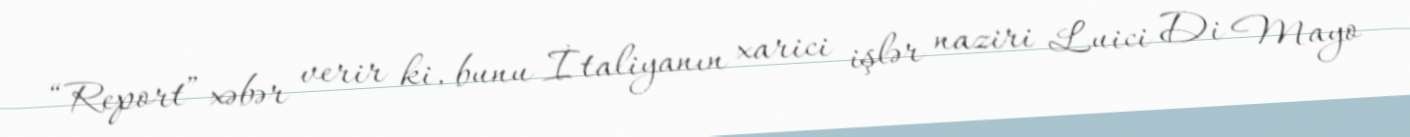
“Report” xəbər verir ki, bunu İtaliyanın xarici işlər naziri Luici Di Mayo